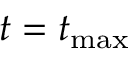
t = t _ { \mathrm { m a x } }